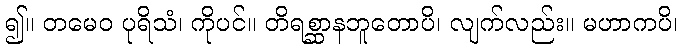
၍။ တမေဝ ပုရိသံ၊ ကိုပင်။ တိရစ္ဆာနဘူတောပိ၊ လျက်လည်း။ မဟာကပိ၊